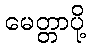
မေတ္တာပို့